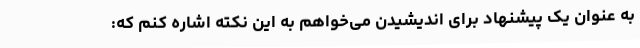
به عنوان یک پیشنهاد برای اندیشیدن می‌خواهم به این نکته اشاره کنم که: